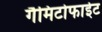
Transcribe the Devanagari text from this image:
गैमिटोफाईट